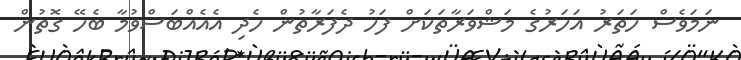
ނަމަވެސް ހަތަރު އަހަރުގެ މަޝްވަރާތަކަށް ފަހު ދެފަރާތުން ހެދި އެއެއްބަސްވުމާ ބެހޭ ގޮތުން